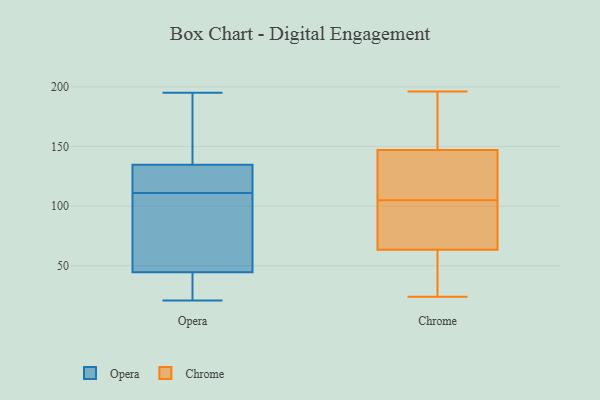
{"axis": {"x": "Headcount", "y": "Value"}, "legend": ["Chrome", "Opera"], "data": [{"x": "", "y": 118, "type": "Opera"}, {"x": "", "y": 144, "type": "Opera"}, {"x": "", "y": 120, "type": "Opera"}, {"x": "", "y": 41, "type": "Opera"}, {"x": "", "y": 195, "type": "Opera"}, {"x": "", "y": 24, "type": "Opera"}, {"x": "", "y": 111, "type": "Opera"}, {"x": "", "y": 99, "type": "Opera"}, {"x": "", "y": 123, "type": "Opera"}, {"x": "", "y": 131, "type": "Opera"}, {"x": "", "y": 33, "type": "Opera"}, {"x": "", "y": 55, "type": "Opera"}, {"x": "", "y": 97, "type": "Opera"}, {"x": "", "y": 21, "type": "Opera"}, {"x": "", "y": 145, "type": "Opera"}, {"x": "", "y": 82, "type": "Opera"}, {"x": "", "y": 36, "type": "Opera"}, {"x": "", "y": 195, "type": "Opera"}, {"x": "", "y": 136, "type": "Opera"}, {"x": "", "y": 127, "type": "Chrome"}, {"x": "", "y": 69, "type": "Chrome"}, {"x": "", "y": 195, "type": "Chrome"}, {"x": "", "y": 25, "type": "Chrome"}, {"x": "", "y": 83, "type": "Chrome"}, {"x": "", "y": 72, "type": "Chrome"}, {"x": "", "y": 65, "type": "Chrome"}, {"x": "", "y": 131, "type": "Chrome"}, {"x": "", "y": 42, "type": "Chrome"}, {"x": "", "y": 24, "type": "Chrome"}, {"x": "", "y": 157, "type": "Chrome"}, {"x": "", "y": 62, "type": "Chrome"}, {"x": "", "y": 196, "type": "Chrome"}, {"x": "", "y": 153, "type": "Chrome"}, {"x": "", "y": 141, "type": "Chrome"}, {"x": "", "y": 139, "type": "Chrome"}]}